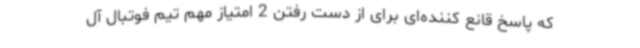
که پاسخ قانع کننده‌ای برای از دست رفتن 2 امتیاز مهم تیم فوتبال آل